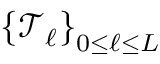
\left\{ \mathcal T _ { \ell } \right\} _ { 0 \leq \ell \leq L }